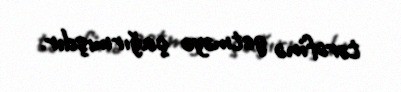
tərəfinə getməyə çağırmışdır.